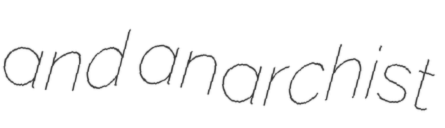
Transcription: and anarchist